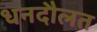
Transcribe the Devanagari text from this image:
धनदौलत